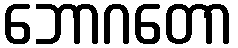
ဘောဂတော